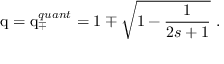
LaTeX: \mathrm { q } = \mathrm { q } _ { \mp } ^ { q u a n t } = 1 \mp \sqrt { 1 - \frac { 1 } { 2 s + 1 } } \ .